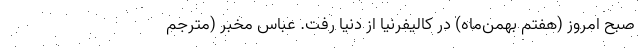
صبح امروز (هفتم بهمن‌ماه) در کالیفرنیا از دنیا رفت. عباس مخبر (مترجم